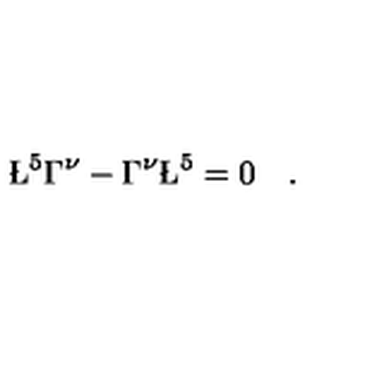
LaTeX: \L ^ { 5 } \Gamma ^ { \nu } - \Gamma ^ { \nu } \L ^ { 5 } = 0 \quad .